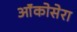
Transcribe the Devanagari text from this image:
ऑंकोसेरा